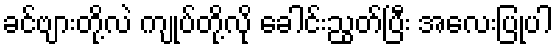
ခင်ဗျားတို့လဲ ကျုပ်တို့လို ခေါင်းညွတ်ပြီး အလေးပြုပါ